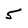
Character: 5